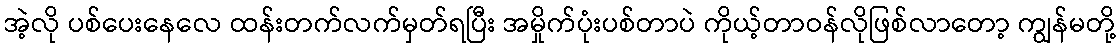
အဲ့လို ပစ်ပေးနေလေ ထန်းတက်လက်မှတ်ရပြီး အမှိုက်ပုံးပစ်တာပဲ ကိုယ့်တာဝန်လိုဖြစ်လာတော့ ကျွန်မတို့